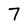
Character: 7